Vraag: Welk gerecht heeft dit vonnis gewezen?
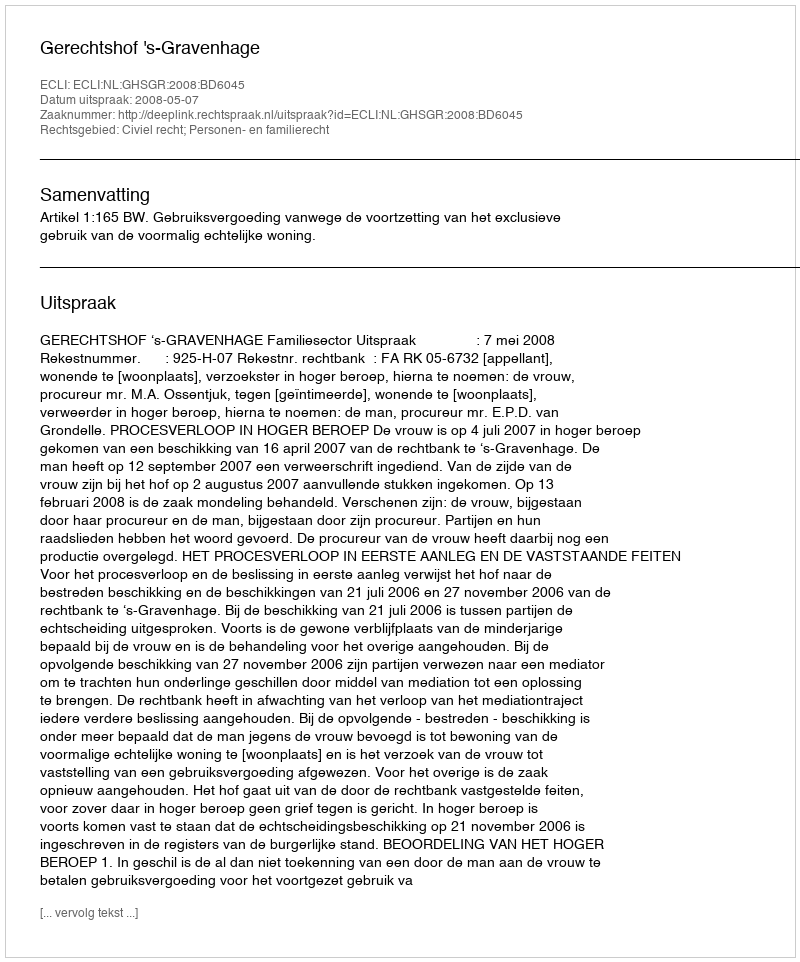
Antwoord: Gerechtshof 's-Gravenhage